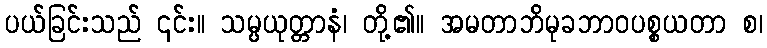
ပယ်ခြင်းသည် ၎င်း။ သမ္ပယုတ္တာနံ၊ တို့၏။ အမတာဘိမုခဘာဝပစ္စယတာ စ၊